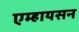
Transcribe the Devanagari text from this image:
एम्हायसन